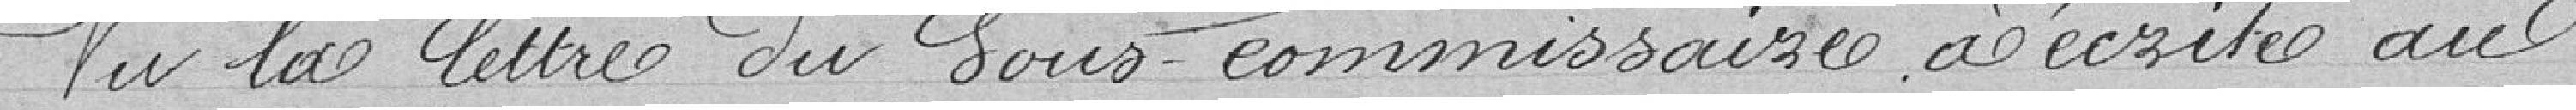
Vu la lettre du sous-commissaire a écrite au